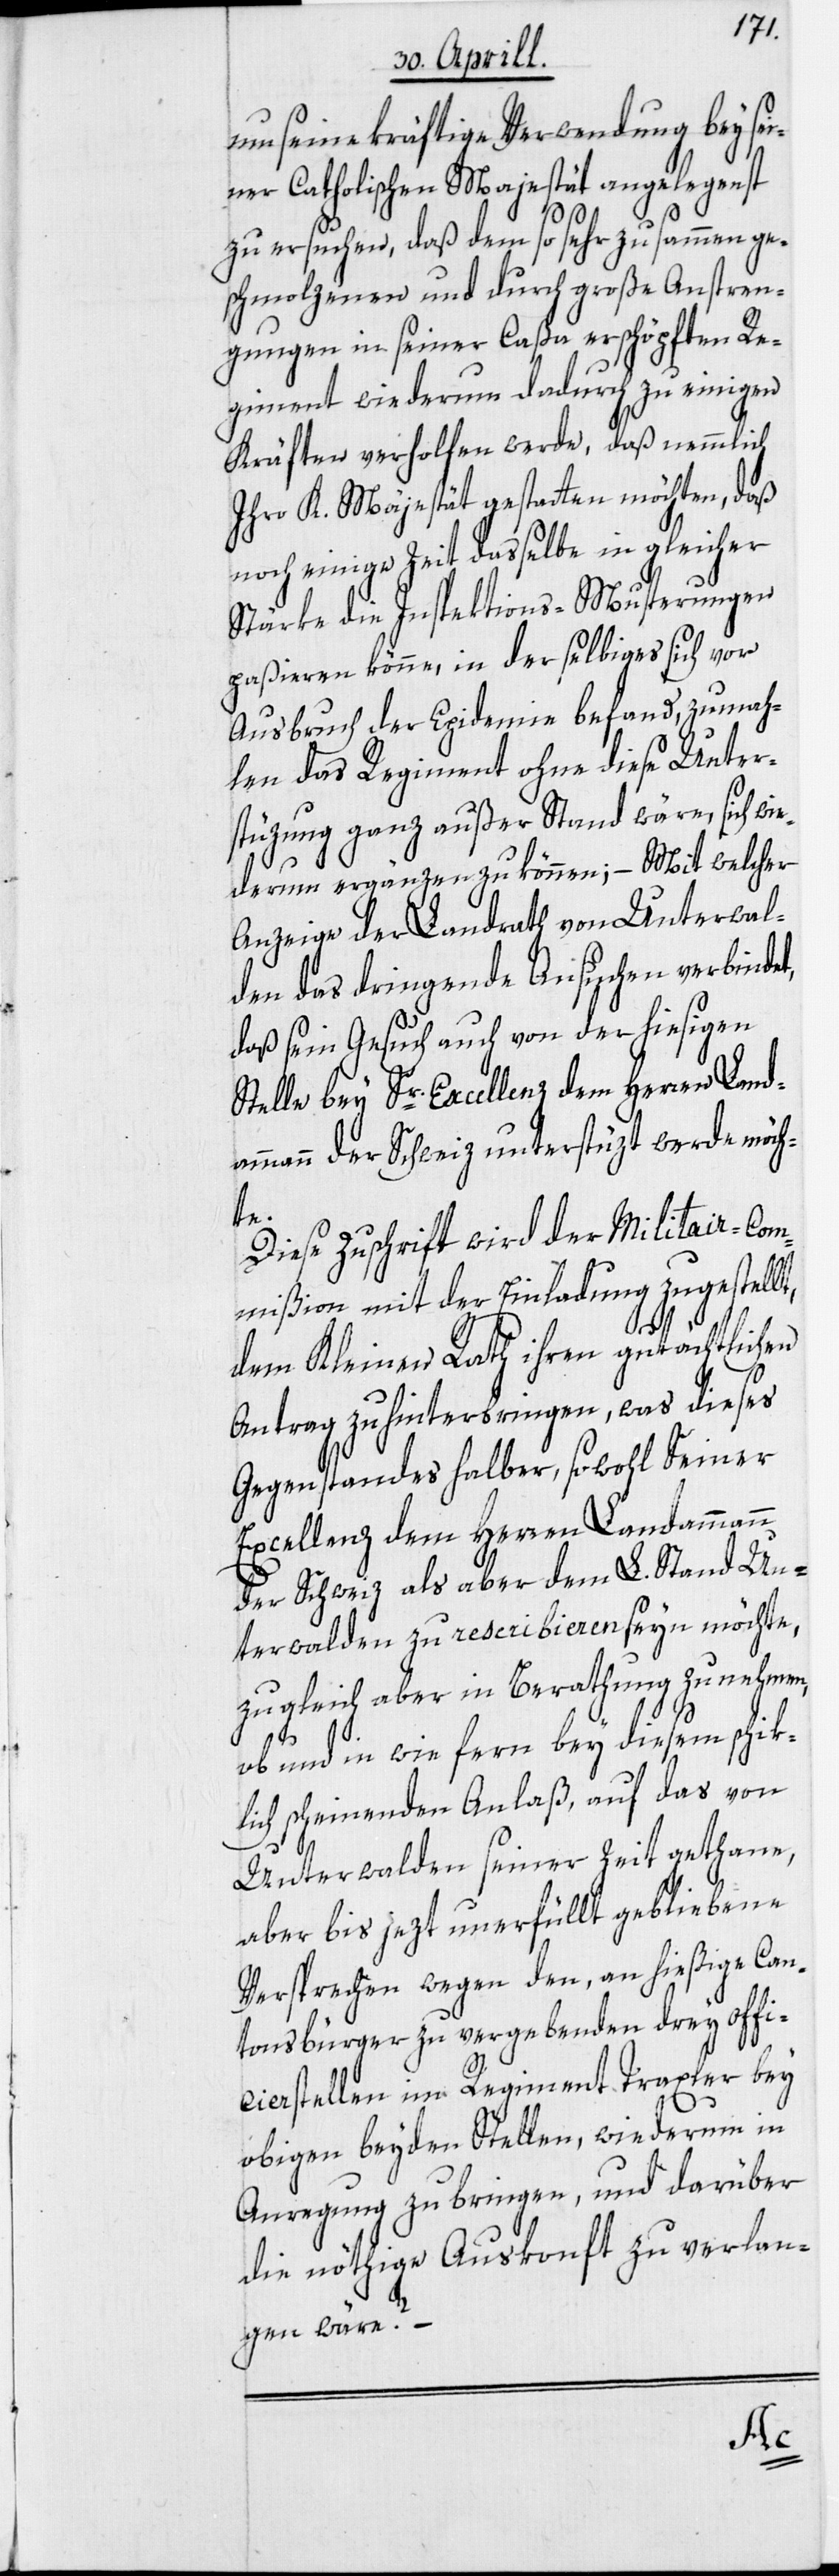
um seine kräftige Verwendung bey sei¬
ner Catholischen Majestät angelegenst
zu ersuchen, daß dem so sehr zusammen ge¬
schmolzenen und durch große Anstren¬
gungen in seiner Caßa erschöpften Re¬
giment wiederum dadurch zu einigen
Kräften verholfen werde, daß nemmlich
Ihro K. Majestät gestatten möchten, daß
noch einige Zeit dasselbe in gleicher
Stärke die Inspektions-Musterungen
paßieren könne, in der selbiges sich vor
Ausbruch der Epidemie befand, zumah¬
len das Regiment ohne diese Unter¬
stüzung ganz außer Stand wäre, sich wie¬
derum ergänzen zu können; – Mit welcher
Anzeige der Landrath von Unterwal¬
den das dringende Ansuchen verbindet,
daß sein Gesuch auch von der hiesigen
Stelle bey Sr. Excellenz dem Herren Land¬
ammann der Schweiz unterstüzt werden möch¬
te.
Diese Zuschrift wird der Militair-Com¬
mißion mit der Einladung zugestellt,
dem Kleinen Rath ihren gutächtlichen
Antrag zu hinterbringen, was dieses
Gegenstandes halber, sowohl Seiner
Excellenz dem Herren Landammann
der Schweiz als aber dem L. Stand Un¬
terwalden zu rescribieren seyn möchte,
zugleich aber in Berathung zu nehmen,
ob und in wie fern bey diesem schik¬
lich scheinenden Anlaß, auf das von
Unterwalden seiner Zeit gethane,
aber bis jezt unerfüllt gebliebene
Versprechen wegen den, an hießige Can¬
tonsbürger zu vergebenden drey Offi¬
cierstellen im Regiment Traxler bey
obigen beyden Stellen, wiederum in
Anregung zu bringen, und darüber
die nöthige Auskonft zu verlan¬
gen wäre?
–